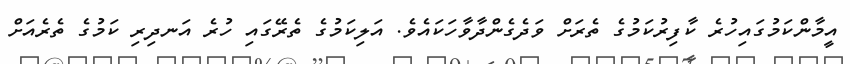
އީމާންކަމުގައިހުރެ ކާފިރުކަމުގެ ތެރަށް ވަދެގެންދާވާހަކައެވެ. އަލިކަމުގެ ތެރޭގައި ހުރެ އަނދިރި ކަމުގެ ތެރެއަށް